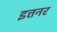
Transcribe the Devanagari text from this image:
इत्तनर